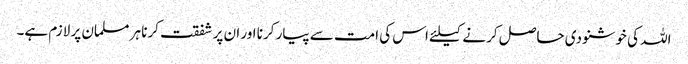
اللہ کی خوشنودی حاصل کرنے کیلئے اس کی امت سے پیار کرنا اور ان پر شفقت کرنا ہر مسلمان پر لازم ہے۔